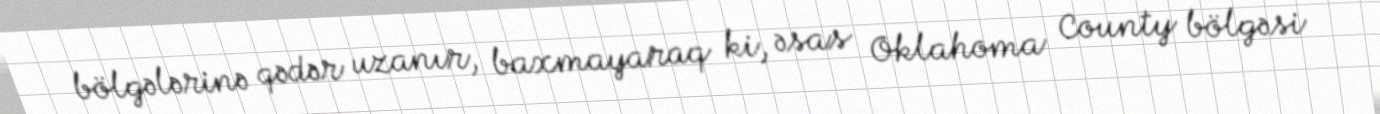
bölgələrinə qədər uzanır, baxmayaraq ki, əsas Oklahoma County bölgəsi